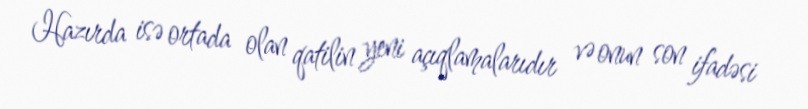
Hazırda isə ortada olan qatilin yeni açıqlamalarıdır və onun son ifadəsi